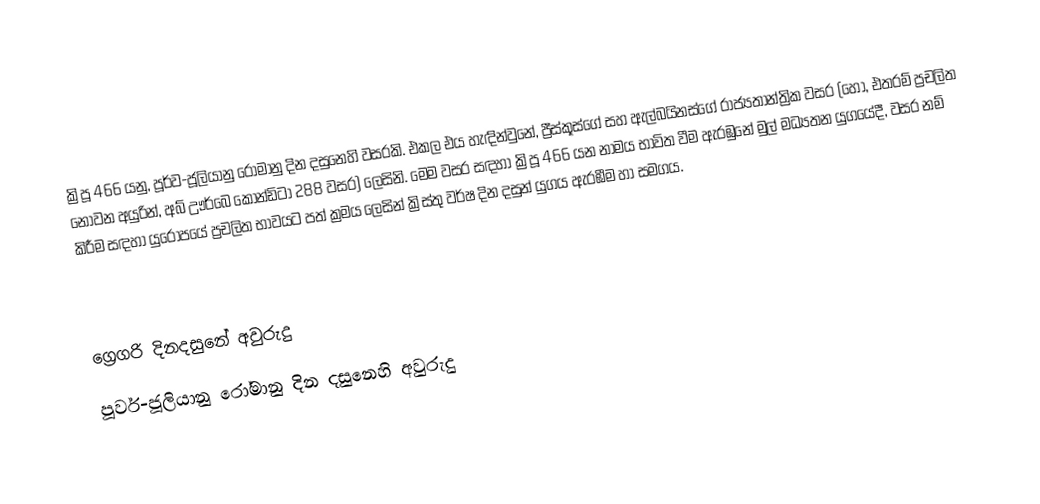

ක්‍රිපූ 466 යනු, පූර්ව-ජූලියානු රෝමානු දින දසුනෙහි වසරකි. එකල එය හැඳින්වුනේ, ප්‍රීස්කූස්ගේ සහ ඇල්බයිනස්ගේ රාජ්‍යතාන්ත්‍රික වසර (හෝ, එතරම් ප්‍රචලිත නොවන අයුරින්, අබ් ඌර්බෙ කෝන්ඩිටා 288 වසර) ලෙසිනි. මෙම වසර සඳහා ක්‍රිපූ 466 යන නාමය භාවිත වීම ඇරඹුනේ මුල්  මධ්‍යතන යුගයේදී, වසර නම් කිරීම සඳහා යුරෝපයේ ප්‍රචලිත භාවයට පත් ක්‍රමය ලෙසින් ක්‍රිස්තු වර්ෂ දින දසුන් යුගය ඇරඹීම හා සමගය.

ග්‍රෙගරි දිනදසුනේ අවුරුදු
පූර්ව-ජූලියානු රෝමානු දින දසුනෙහි අවුරුදු